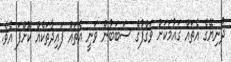
ދުނިޔޭގެ އެތައް ގައުމަކަށް ވަޤްފުގެ ސަބަބުން ވަނީ އެތައް ފައިދާތަކެއް ކޮށްފަ އެވެ.